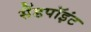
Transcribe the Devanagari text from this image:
सैंडपॉइंट